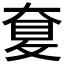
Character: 𡙐